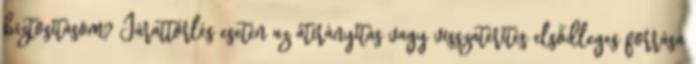
biztosításom? Járattörlés esetén az átirányítás vagy visszatérítés elsődleges forrása